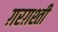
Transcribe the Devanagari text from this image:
ग़रग़श्ती